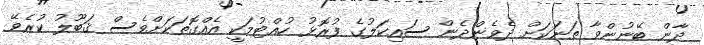
ދާން ބޭނުންވާ ތަނަކަށް ދެވެންދެން ސައިކަލުގެ ފުރޮޅު ހުއްޓުމަކީ އެއްގޮތަކަށްވެސް ޤަބޫލު ކުރެވޭ